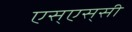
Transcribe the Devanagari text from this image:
एस्‌एस्‌सी